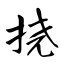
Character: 挠